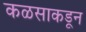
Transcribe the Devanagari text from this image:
कळसाकडून